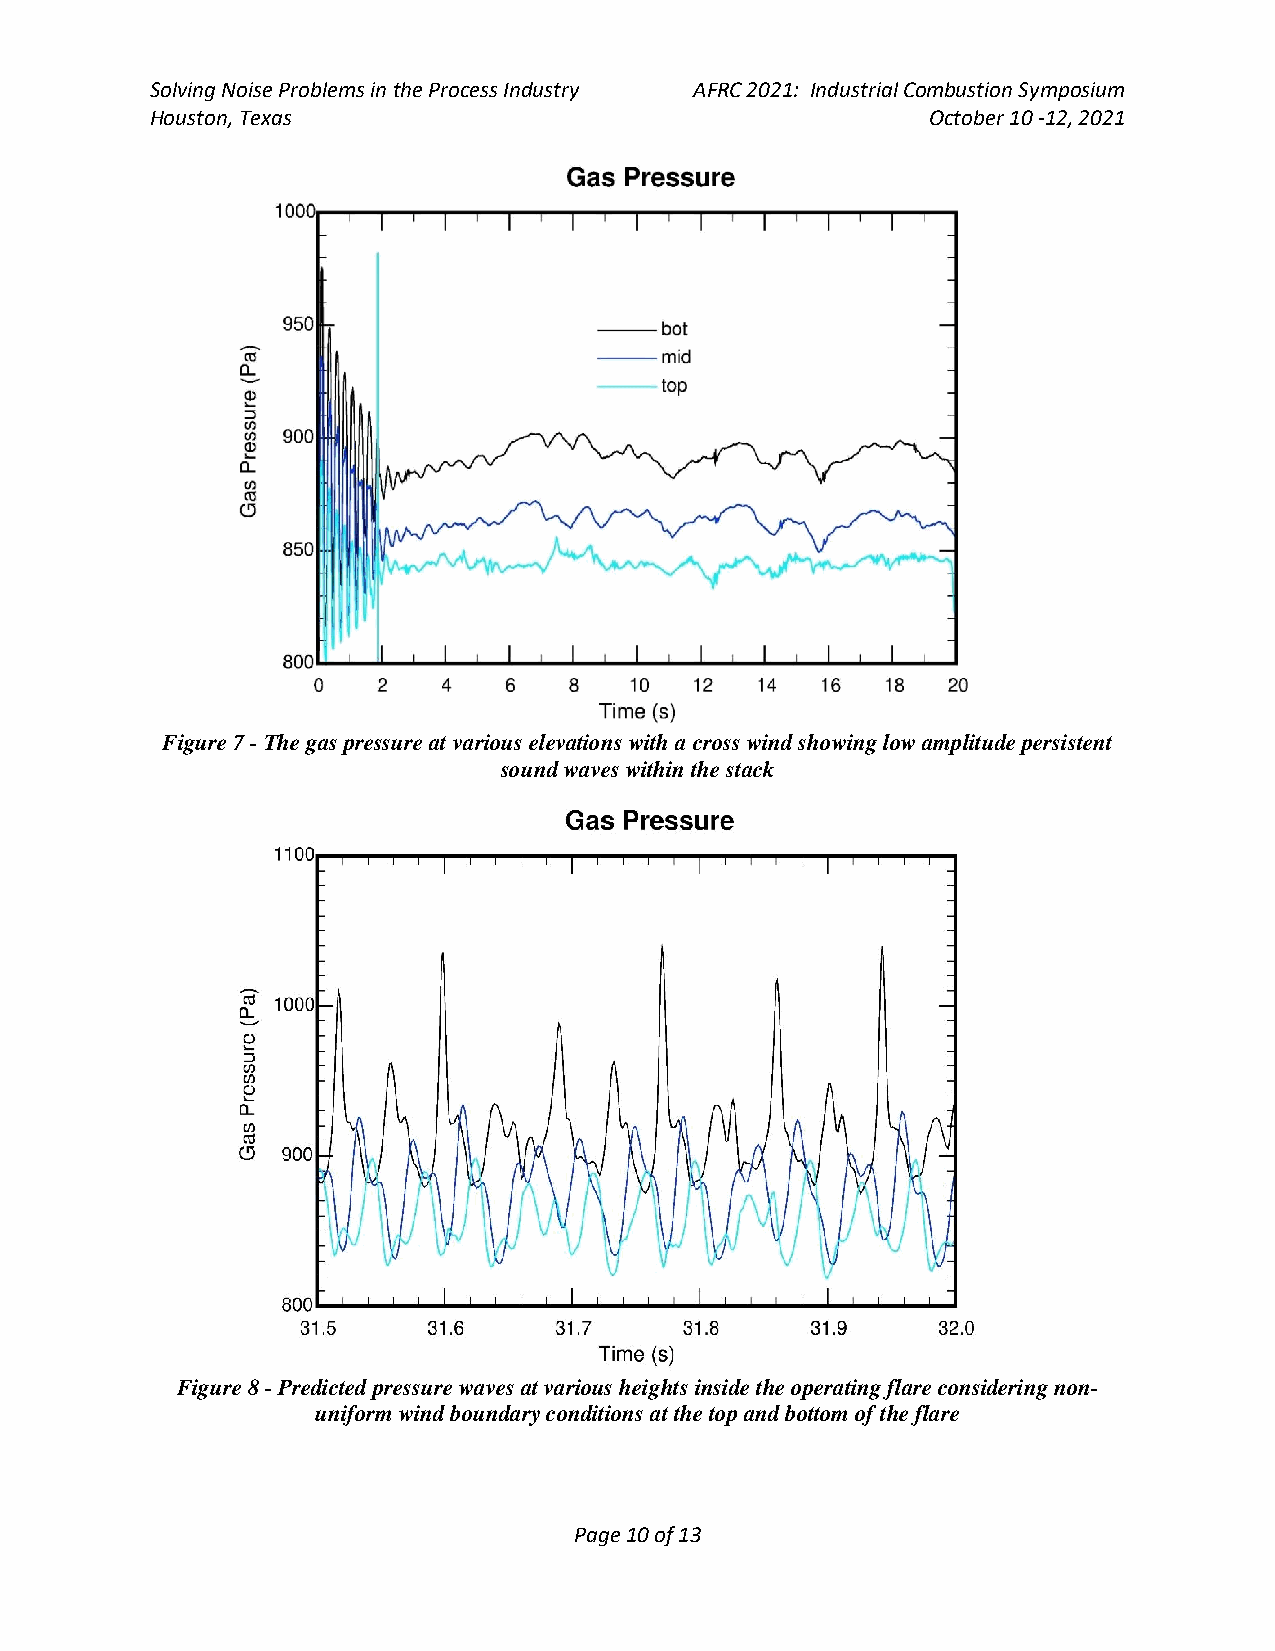
Solving Noise Problems in the Process Industry AFRC 2021: Industrial Combustion Symposium
 Houston, Texas                                      October 10 -12, 2021
 Figure 7 - The gas pressure at various elevations with a cross wind showing low amplitude persistent
 sound waves within the stack
 Figure 8 - Predicted pressure waves at various heights inside the operating flare considering non-
 uniform wind boundary conditions at the top and bottom of the flare
 Page 10 of 13